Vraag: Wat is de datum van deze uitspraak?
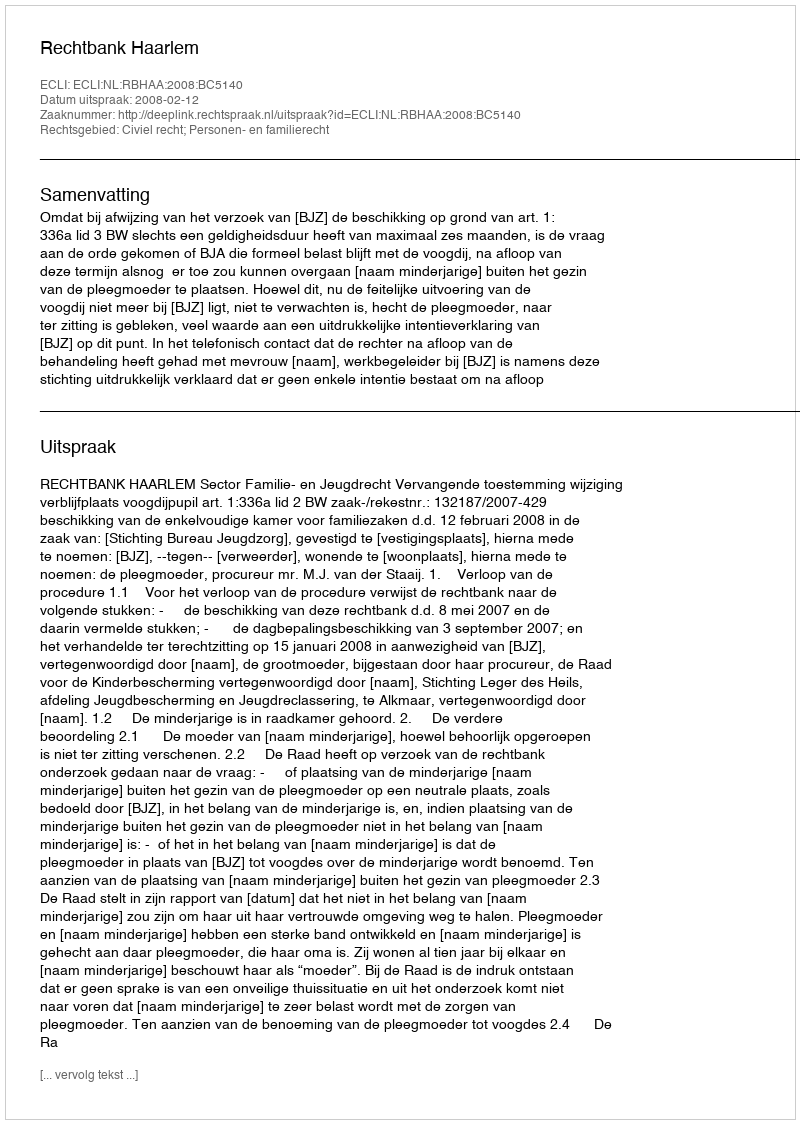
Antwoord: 2008-02-12